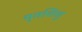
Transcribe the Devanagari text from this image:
मृतशिशु